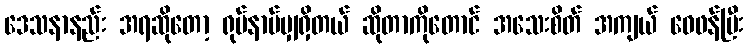
ဒေသနာနည်း အရဆိုတော့ ရုပ်နာမ်မျှရှိတယ် ဆိုတာကိုတောင် အသေးစိတ် အကျယ် ဝေဖန်ပြီး